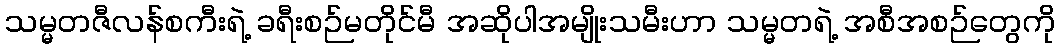
သမ္မတဇီလန်စကီးရဲ့ ခရီးစဉ်မတိုင်မီ အဆိုပါအမျိုးသမီးဟာ သမ္မတရဲ့ အစီအစဉ်တွေကို